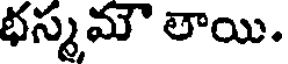
భస్మమౌ లాయి.